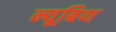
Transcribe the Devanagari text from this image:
न्यूबिथ